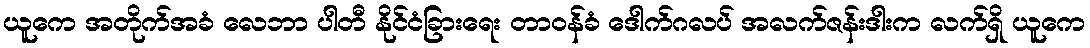
ယူကေ အတိုက်အခံ လေဘာ ပါတီ နိုင်ငံခြားရေး တာဝန်ခံ ဒေါက်ဂလပ် အလက်ဇန်းဒါးက လက်ရှိ ယူကေ